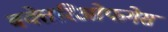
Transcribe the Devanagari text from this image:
बक्तेरिओफगेस